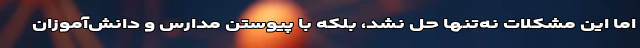
اما این مشکلات نه‌تنها حل نشد، بلکه با پیوستن مدارس و دانش‌آموزان